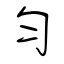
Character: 匀